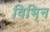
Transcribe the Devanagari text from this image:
विभि्न